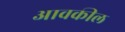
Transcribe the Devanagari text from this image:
आवकील